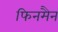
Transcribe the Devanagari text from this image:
फिनमैन